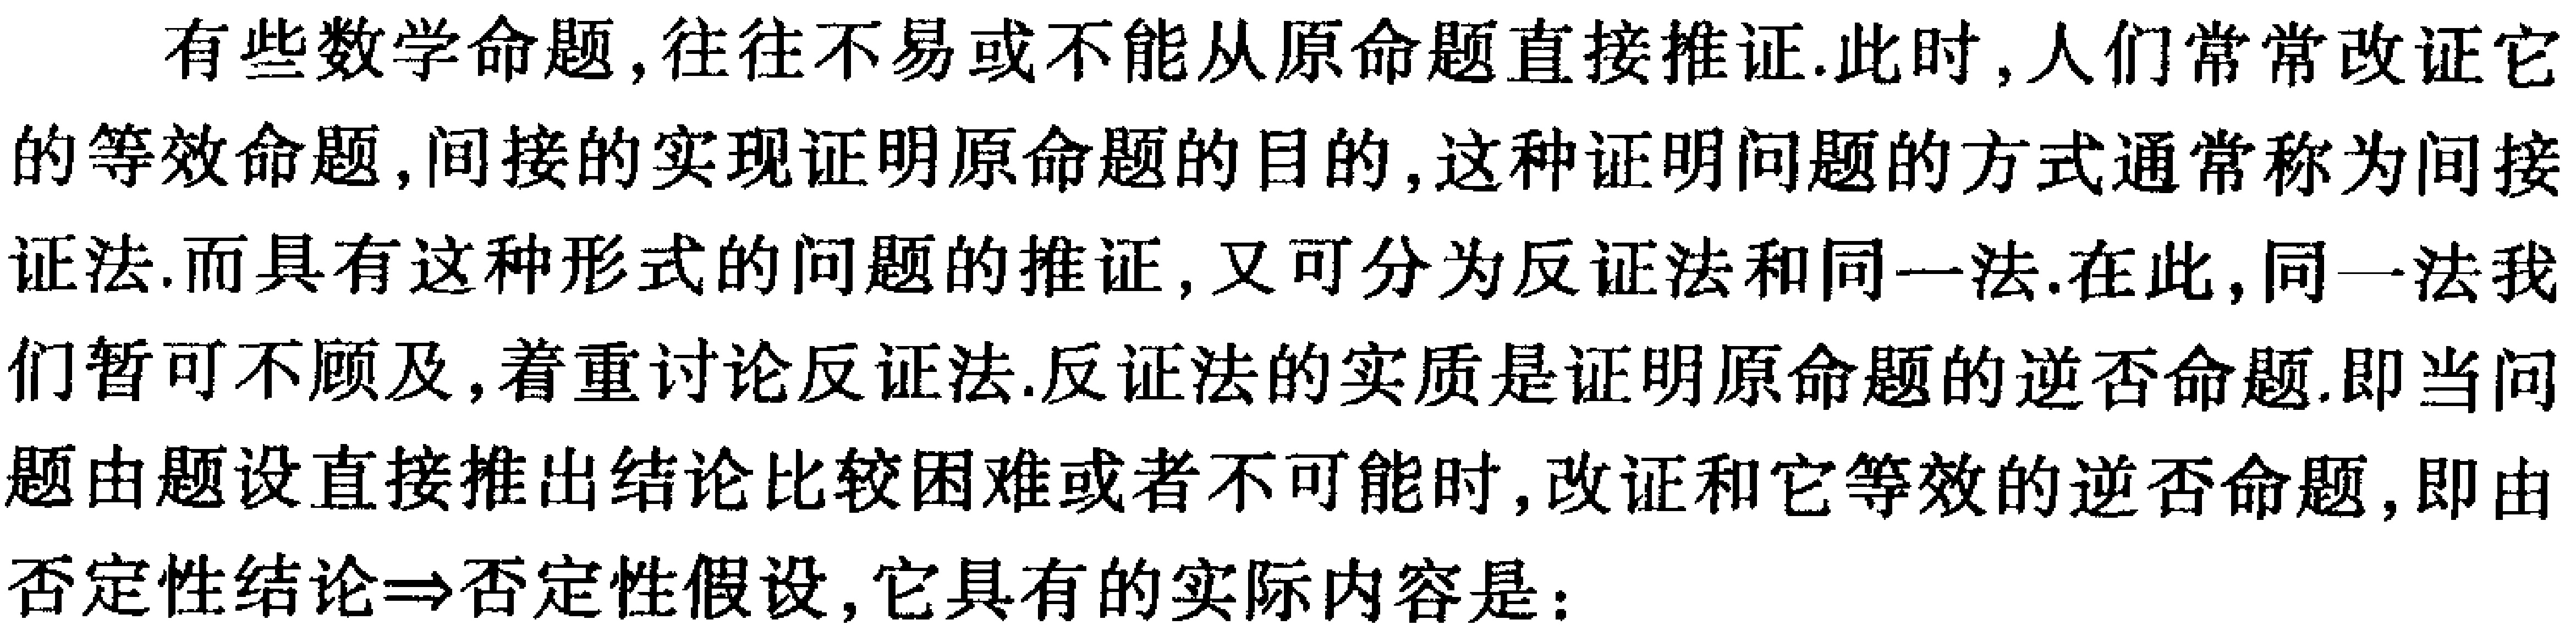
有些数学命题,往往不易或不能从原命题直接推证.此时,人们常常改证它的等效命题,间接的实现证明原命题的目的,这种证明问题的方式通常称为间接证法.而具有这种形式的问题的推证,又可分为反证法和同一法.在此,同一法我们暂可不顾及,着重讨论反证法.反证法的实质是证明原命题的逆否命题.即当问题由题设直接推出结论比较困难或者不可能时,改证和它等效的逆否命题,即由否定性结论$\Rightarrow$否定性假设,它具有的实际内容是：